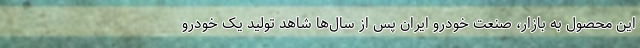
این محصول به بازار، صنعت خودرو ایران پس از سال‌ها شاهد تولید یک خودرو